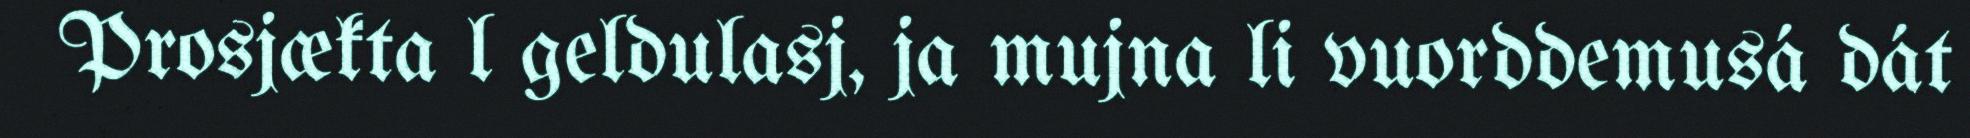
Prosjækta l geldulasj, ja mujna li vuorddemusá dát